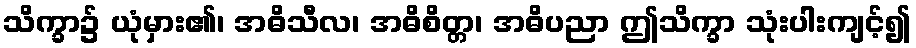
သိက္ခာ၌ ယုံမှား၏၊ အဓိသီလ၊ အဓိစိတ္တ၊ အဓိပညာ ဤသိက္ခာ သုံးပါးကျင့်၍